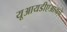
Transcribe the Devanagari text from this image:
यूआयडीएआयचे